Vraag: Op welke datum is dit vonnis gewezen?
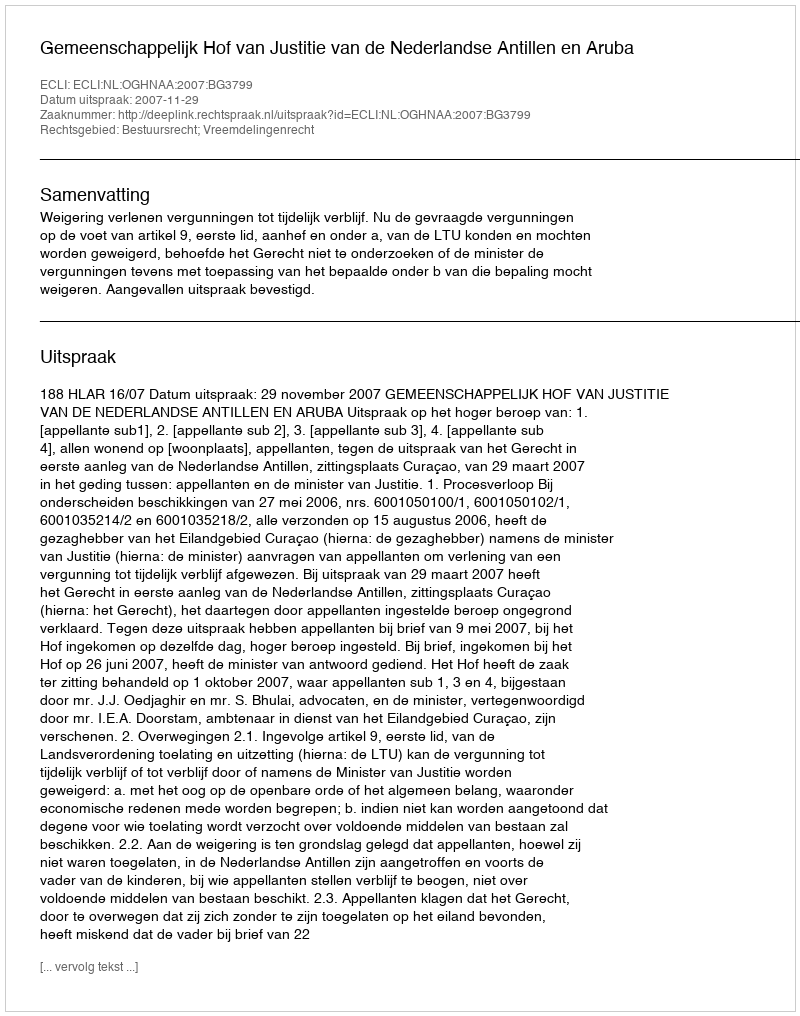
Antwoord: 2007-11-29